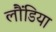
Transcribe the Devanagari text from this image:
लौंडिया